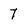
Character: 7